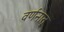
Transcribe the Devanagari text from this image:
वर्णनात्